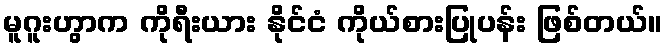
မူဂူးဟွာက ကိုရီးယား နိုင်ငံ ကိုယ်စားပြုပန်း ဖြစ်တယ်။